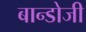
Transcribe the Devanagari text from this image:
बान्डोजी